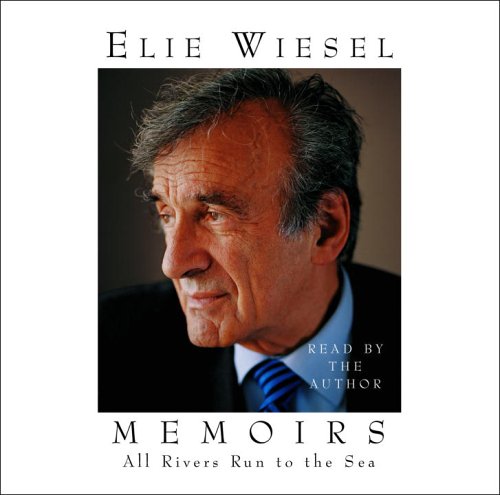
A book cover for All Rivers Run to the Sea: Memoirs; Elie Wiesel; Biographies & Memoirs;